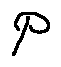
p